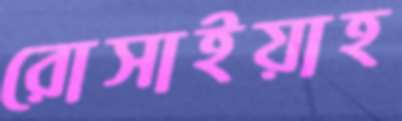
রোসাইয়াহ